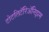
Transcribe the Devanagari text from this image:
टोटलिटॅरिॲनिझम